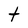
Character: t